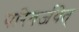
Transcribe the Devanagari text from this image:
परिवर्जयेत्